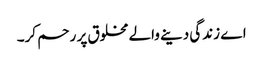
اے زندگی دینے والے مخلوق پر رحم کر۔